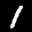
Label: 1